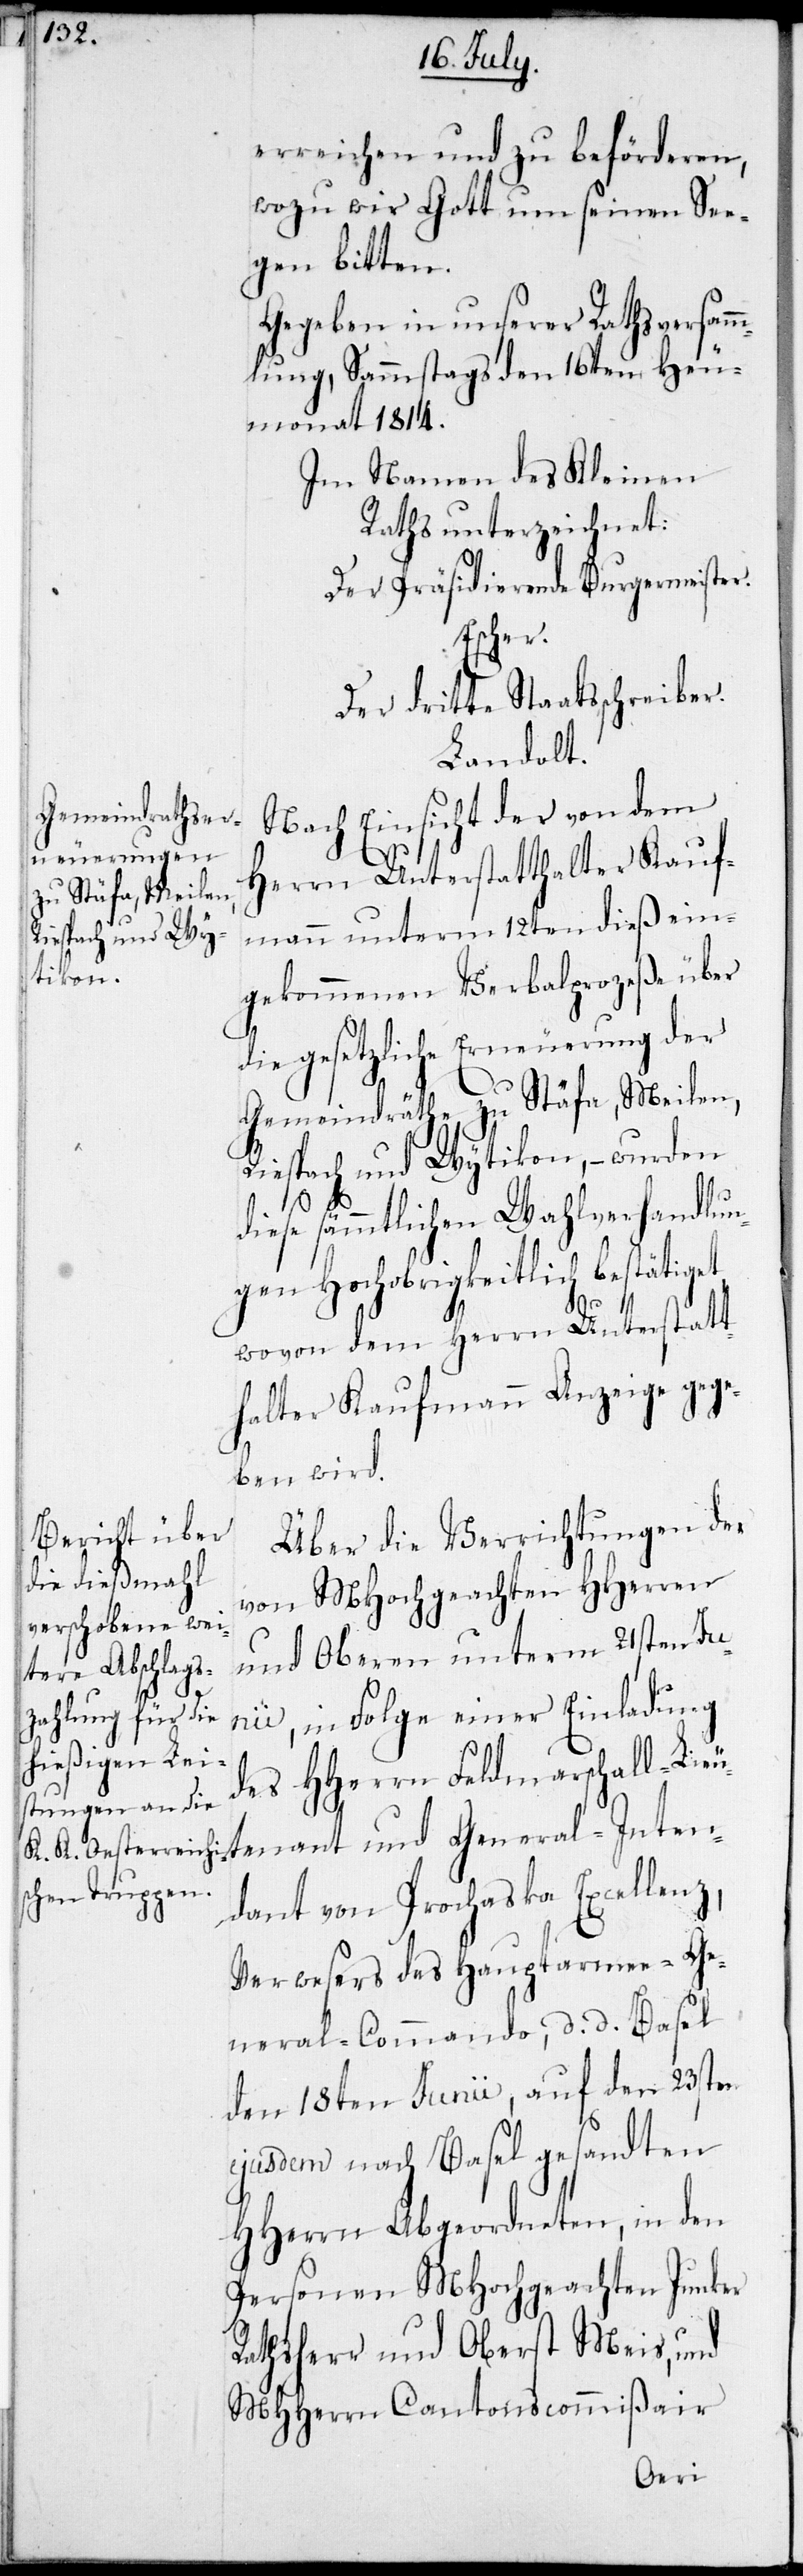
erreichen und zu beförderen,
wozu wir Gott um seinen Se¬
gen bitten.
Gegeben in unserer Rathsversamm¬
lung, Sammstags den 16ten Heu¬
monat 1814.
Im Namen des Kleinen
Raths unterzeichnet:
Der Präsidierende Burgermeister.
Escher.
Der dritte Staatsschreiber.
Landolt.
Nach Einsicht der von dem
Herrn Unterstatthalter Kauf¬
mann unterm 12ten dieß ein¬
gekommenen Verbalprozeße über
die gesetzliche Erneuerung der
Gemeindräthe zu Stäfa, Meilen,
tenant und General-Inten¬
diese sämmtlichen Wahlverhandlun¬
gen Hochobrigkeitlich bestätiget,
wovon dem Herrn Unterstatt¬
halter Kaufmann Anzeige gege¬
ben wird.
Über die Verrichtungen der
von MHochgeachten HHerren
und Oberen unterm 21sten Jun¬
ii, in Folge einer Einladung
des HHerrn Feldmarschall-Lieu¬
dant von Prochaska Excellenz,
Verwesers des Hauptarmee-Ge¬
neral-Commando, d. d. Basel
den 18ten Junii, auf den 23sten
ejusdem nach Basel gesandten
HHerrn Abgeordneten, in den
Personen MHochgeachten Junker
Rathsherr und Oberst Meis, und
MHHerren Cantonscommißair